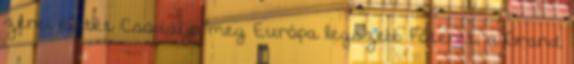
zenei életét Csodálja meg Európa legszebb Főterét, a Grand